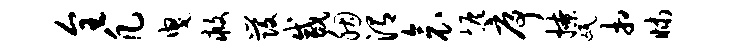
全凡曳救发咸胭渭衾恢序撩氓相昧